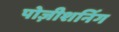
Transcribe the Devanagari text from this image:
पोज़ीशनिंग